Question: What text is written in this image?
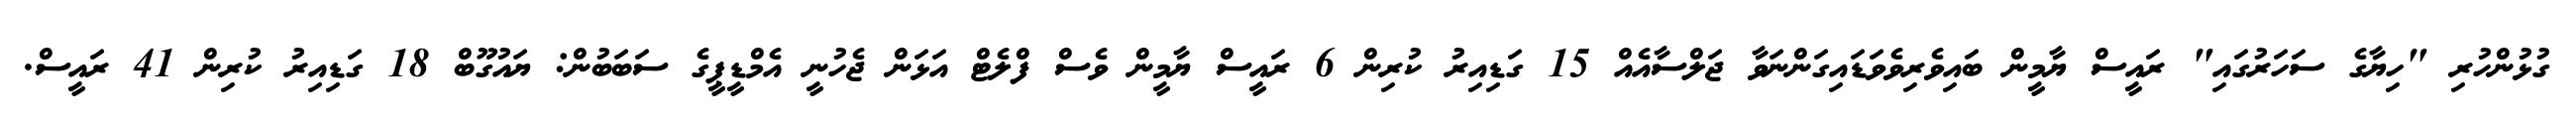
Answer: ގުޅުންހުރި "ހިޔާގެ ސަހަރުގައި" ރައީސް ޔާމީން ބައިވެރިވެވަޑައިގަންނަވާ ޖަލްސާއެއް 15 ގަޑިއިރު ކުރިން 6 ރައީސް ޔާމީން ވެސް ފްލެޓް އަޅަން ޖެހުނީ އެމްޑީޕީގެ ސަބަބުން: ޔައުގޫބް 18 ގަޑިއިރު ކުރިން 41 ރައީސް.